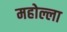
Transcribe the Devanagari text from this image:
महोल्ला